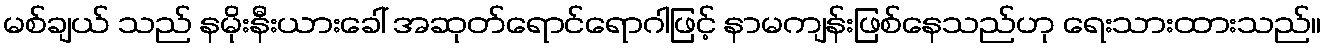
မစ်ချယ် သည် နမိုးနီးယားခေါ် အဆုတ်ရောင်ရောဂါဖြင့် နာမကျန်းဖြစ်နေသည်ဟု ရေးသားထားသည်။